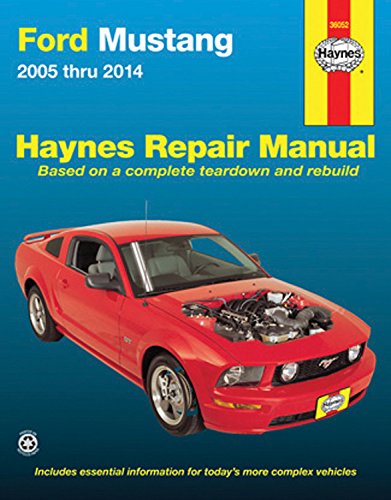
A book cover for Ford Mustang 2005 thru 2014 (Haynes Repair Manual); Editors of Haynes Manuals; Engineering & Transportation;